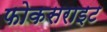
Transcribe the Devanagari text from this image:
फोकसराइट